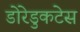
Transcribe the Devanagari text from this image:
डोरेडुकटेस